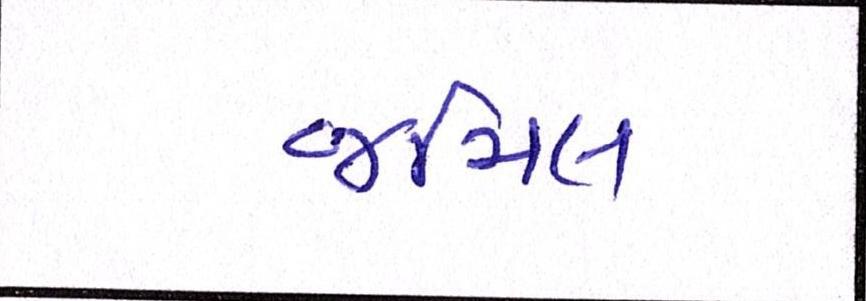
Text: જમિલ